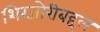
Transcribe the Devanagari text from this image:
शिरजोरीबद्दल